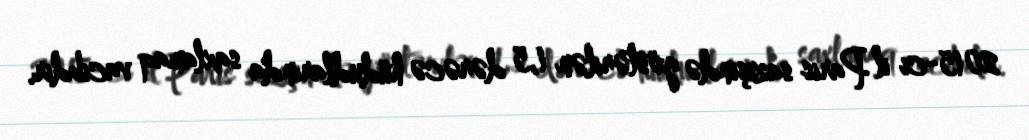
2015-ci il Paris sazişində göstərilən 1,5 dərəcə hüdudlarında saxlamaq vacibdir.